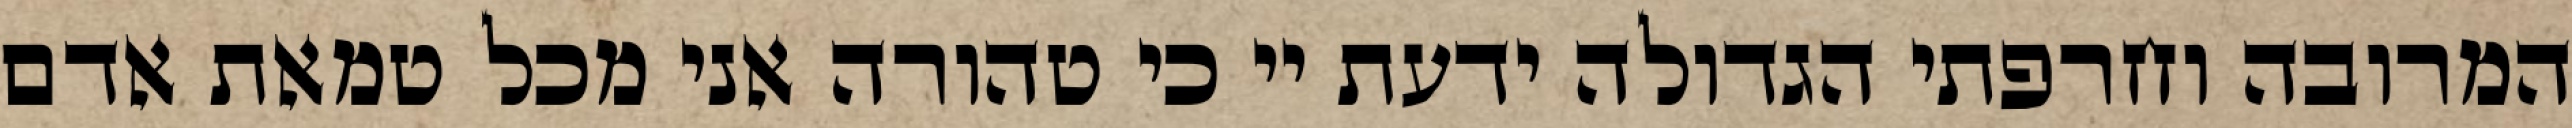
המרובה וחרפתי הגדולה ידעת יי כי טהורה אני מכל טמאת אדם